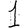
Digit: 1